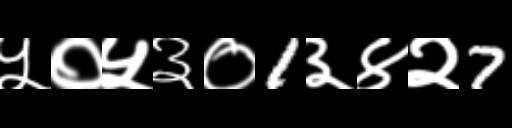
Text: ५०५३०1३४२7